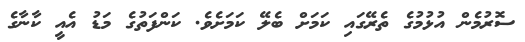
ސޮރުމެން އުޅުމުގެ ތެރޭގައި ކަމަށް ބެލޭ ކަމަށެވެ. ކަންފަތުގެ މަޑު އެއީ ކާނާގެ